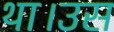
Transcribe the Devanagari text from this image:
था।उस